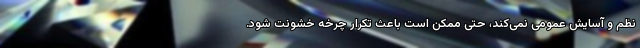
نظم و آسایش عمومی نمی‌کند، حتی ممکن است باعث تکرار چرخه خشونت شود.